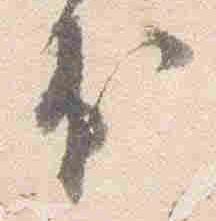
出